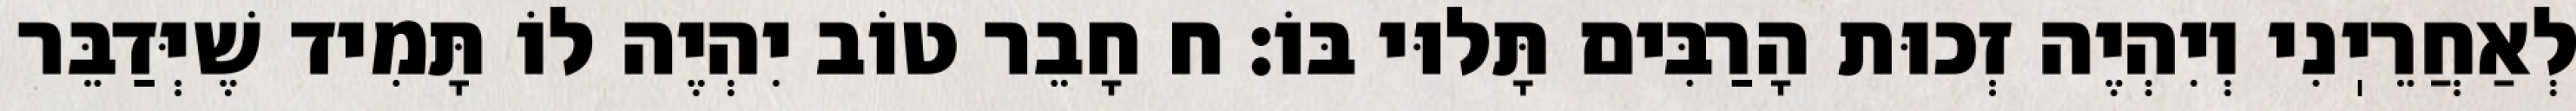
לְאַחֲרֵיֽנִי וְיִהְיֶה זְכוּת הָרַבִּים תָּלוּי בּוֹ: ח חָבֵר טוֹב יִהְיֶה לוֹ תָּמִיד שֶׁיְּדַבֵּר